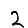
Digit: 2